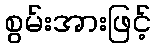
စွမ်းအားဖြင့်